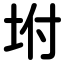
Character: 坿